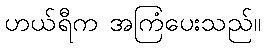
ဟယ်ရီက အကြံပေးသည်။